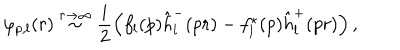
\varphi _ { p , l } ( r ) \stackrel { r \rightarrow \infty } { \sim } \frac i 2 \left( f _ { l } ( p ) \hat { h } _ { l } ^ { - } ( p r ) - f _ { l } ^ { \star } ( p ) \hat { h } _ { l } ^ { + } ( p r ) \right) ,